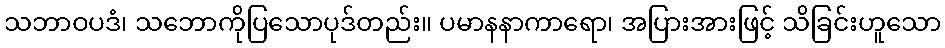
သဘာဝပဒံ၊ သဘောကိုပြသောပုဒ်တည်း။ ပမာနနာကာရော၊ အပြားအားဖြင့် သိခြင်းဟူသော